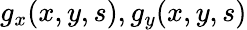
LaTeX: g_{x}(x,y,s),g_{y}(x,y,s)